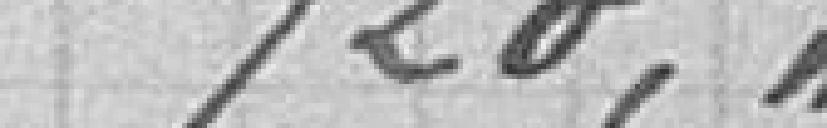
720,"